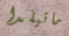
ماتيلدا